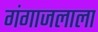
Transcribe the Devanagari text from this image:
गंगाजलाला